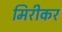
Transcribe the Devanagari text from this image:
मिरीकर